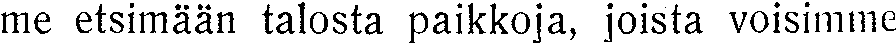
me etsimään talosta paikkoja, joista voisimme